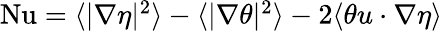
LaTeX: \begin{array}{r}{\mathrm{{Nu}}=\langle|\nabla\eta|^{2}\rangle-\langle|\nabla\theta|^{2}\rangle-2\langle\theta u\cdot\nabla\eta\rangle}\end{array}